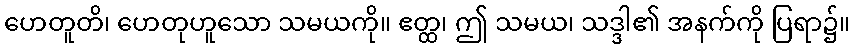
ဟေတူတိ၊ ဟေတုဟူသော သမယကို။ ဧတ္ထ၊ ဤ သမယ၊ သဒ္ဒါ၏ အနက်ကို ပြရာ၌။